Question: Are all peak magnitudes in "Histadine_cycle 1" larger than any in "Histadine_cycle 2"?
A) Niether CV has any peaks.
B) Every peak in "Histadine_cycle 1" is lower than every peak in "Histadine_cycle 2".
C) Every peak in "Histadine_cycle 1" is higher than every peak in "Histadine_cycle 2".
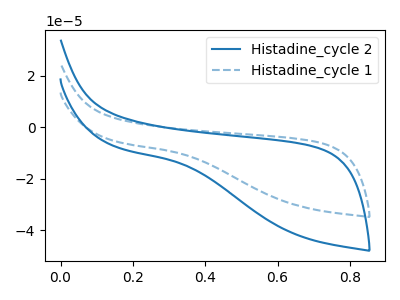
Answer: <think>The blue curve "Histadine_cycle 2" has no peaks. The blue dashed curve "Histadine_cycle 1" has no peaks.</think>
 <answer>A) Niether CV has any peaks.</answer>
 <eval>A</eval>